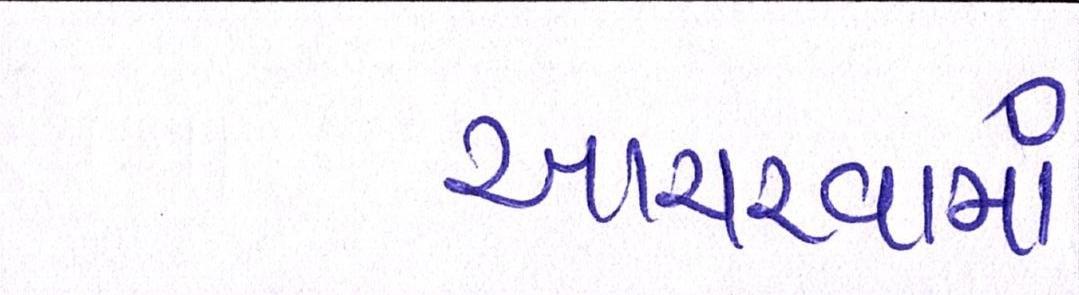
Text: આચરવામાં